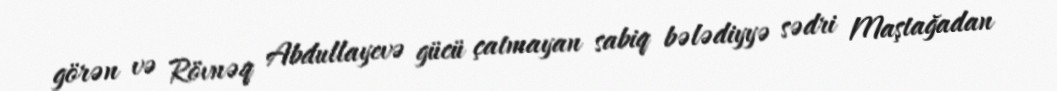
görən və Rövnəq Abdullayevə gücü çatmayan sabiq bələdiyyə sədri Maştağadan